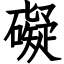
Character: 礙